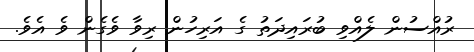
ރުއްސުން ލެއްވި ބުރައިދަތު ގެ އަރިހުން ރިވާ ވެގެން ވެ އެވެ.